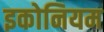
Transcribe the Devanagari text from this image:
इकोनियम